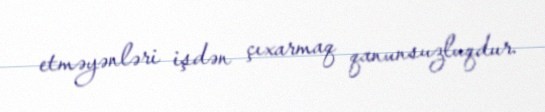
etməyənləri işdən çıxarmaq qanunsuzluqdur.